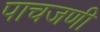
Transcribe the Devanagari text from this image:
पाचजणी